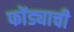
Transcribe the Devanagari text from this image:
फोंड्याची